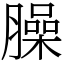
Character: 臊